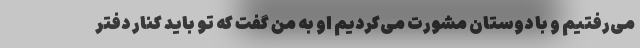
می‌رفتیم و با دوستان مشورت می‌کردیم او به من گفت که تو باید کنار دفتر